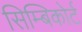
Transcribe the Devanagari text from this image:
सिम्बिकोर्ट